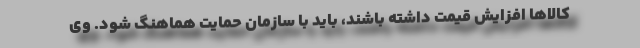
کالاها افزایش قیمت داشته باشند، باید با سازمان حمایت هماهنگ شود. وی